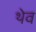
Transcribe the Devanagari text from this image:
थेव